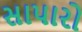
સાપારો